Civil Veterinary Department Bihar reports 1940-50 - 1940-1950
Year: 1940
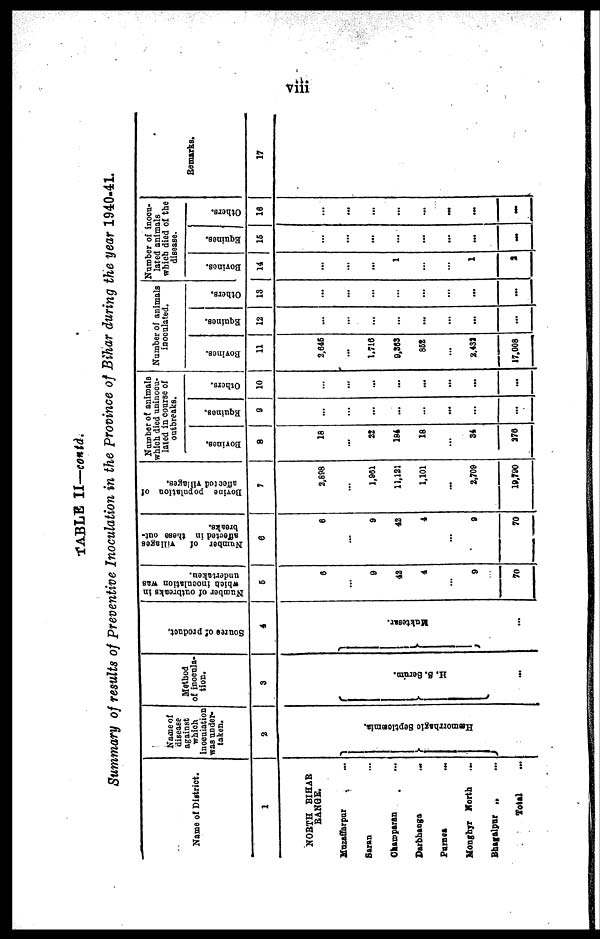
viii
TABLE II—contd.
Summary of results of Preventive Inoculation in the province of Bihar during the year 1940-41.
Name of District.
1
NORTH BIHAR
RANGE.
Muzaffarpur …
Saran …
Champaran …
Darbhanga …
Purnea …
Monghyr North …
Bhagalpur „ …
Total …
Nome of
disease
against
which
lnoculation
was under-
taken.
2
Hæmorrhagic Septicæmia.
…
Method
of inocula-
tion.
3
H. S. Serum.
...
Source
of product.
4
Muktesar.
...
Number of outbreaks in
which inoculation was
undertaken.
5
6
…
9
42
4
9
70
Number of
villages
affected in these out-
breaks.
6
6
…
9
42
4
9
70
Bovine population of
affected villages.
7
2,898
…
1,961
11,121
1,101
2,709
19,790
Number of animals
which died uninocu-
lated in course of
outbreaks.
Bovines.
8
18
…
22
184
18
34
276
Equines.
9
...
…
…
…
…
…
...
Others.
10
…
...
...
…
...
...
...
Number of animals
inoculated.
Bovines.
11
2,646
…
1,716
9,363
862
2,432
17,008
Equines.
12
…
…
...
…
...
...
...
Others.
13
...
…
...
…
...
...
...
Number of inocu-
lated animals
which died of the
disease.
Bovines.
14
…
...
...
1
…
1
2
Equines.
15
...
...
...
…
...
...
…
Others.
16
...
...
...
…
…
...
…
Remarks.
17